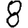
Digit: 8